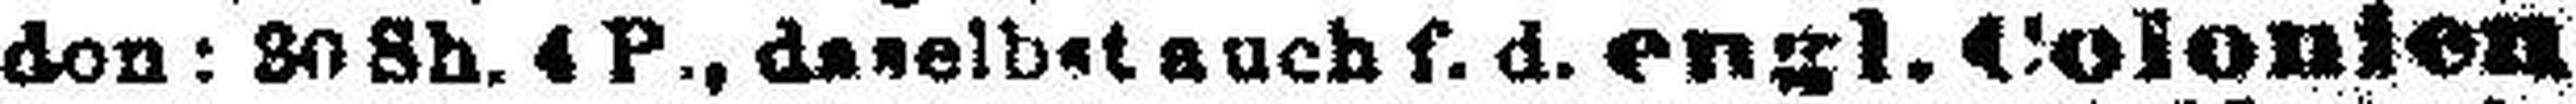
don: 80 Sb. 4 P., daselbst auch f. d. engl. Colonien